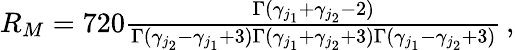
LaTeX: \begin{array}{r}{R_{M}=720\frac{\Gamma(\gamma_{j_{1}}+\gamma_{j_{2}}-2)}{\Gamma(\gamma_{j_{2}}-\gamma_{j_{1}}+3)\Gamma(\gamma_{j_{1}}+\gamma_{j_{2}}+3)\Gamma(\gamma_{j_{1}}-\gamma_{j_{2}}+3)}\, ,}\end{array}